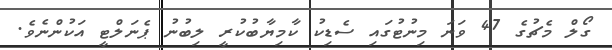
ގޯލް މެޗުގެ 47 ވަނަ މިނުޓުގައި ސެޑިކު ކާމިޔާބުކުރީ ލިބުނު ޕެނަލްޓީ އަކުންނެވެ.